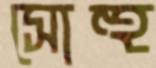
সোহু